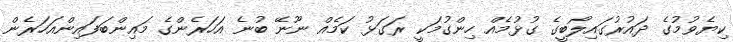
ކިޔެވުމުގެ ދައުރުގައިލޯބީގެ ގުޅުމެއް ހިންގުމަކީ ރަގަޅު ކަމެއް ނޫނޭ ބުނެ އަހަރެންގެ މައިންބަފައިންއަހަރެން